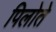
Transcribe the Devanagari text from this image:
पिलोते